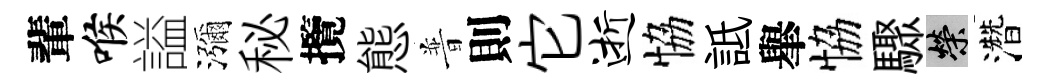
輩喉謚瀰秘攬態普則它逝恊詆𦦙恊驟榮濳